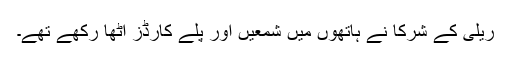
ریلی کے شرکا نے ہاتھوں میں شمعیں اور پلے کارڈز اٹھا رکھے تھے۔